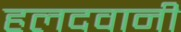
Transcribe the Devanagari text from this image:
हलदवानी